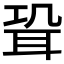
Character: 𦕓